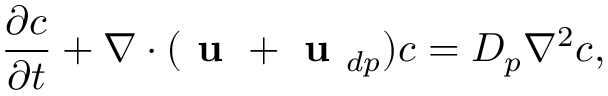
\frac { \partial c } { \partial t } + \nabla \cdot ( \textbf { u } + \textbf { u } _ { d p } ) c = D _ { p } { \nabla } ^ { 2 } c ,